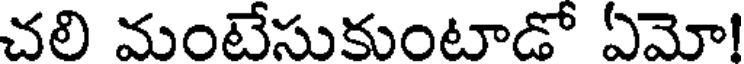
చలి మంటేసుకుంటాడో ఏమో!